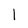
Character: l